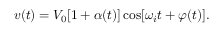
v ( t ) = V _ { 0 } [ 1 + \alpha ( t ) ] \cos [ \omega _ { i } t + \varphi ( t ) ] .